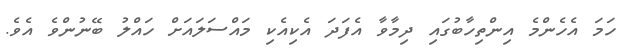
ހަމަ އެހެންމެ އިންތިހާބުގައި ދިމާވާ އެފަދަ އެކިއެކި މައްސަލައަށް ހައްލު ބޭނުންވެ އެވެ.